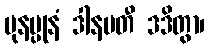
ပုနပ္ပုနံ ဒါနပတီ ဒဒိတွာ၊